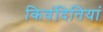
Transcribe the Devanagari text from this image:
किवंदितियां